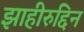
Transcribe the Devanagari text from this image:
झाहीरुद्दिन